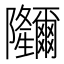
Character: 鿧